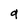
Character: q